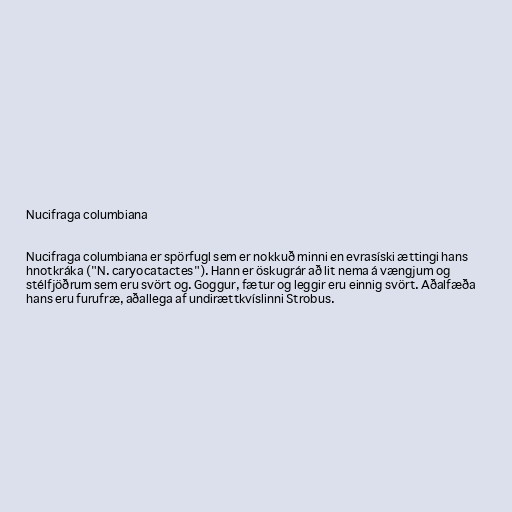
Nucifraga columbiana

Nucifraga columbiana er spörfugl sem er nokkuð minni en evrasíski ættingi hans
hnotkráka ("N. caryocatactes"). Hann er öskugrár að lit nema á vængjum og
stélfjöðrum sem eru svört og. Goggur, fætur og leggir eru einnig svört. Aðalfæða
hans eru furufræ, aðallega af undirættkvíslinni Strobus.